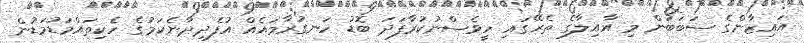
އައިޒާންގެ ސަބަބުން މި އާއިލާގެ ތެރޭގައި ހީވެސްނުކުރާފަދަ ބޮޑު ހަނގުރާމައެއް އުފެދިދާނެކަމުގެ ހެކިތައްމަޑުމަޑުން